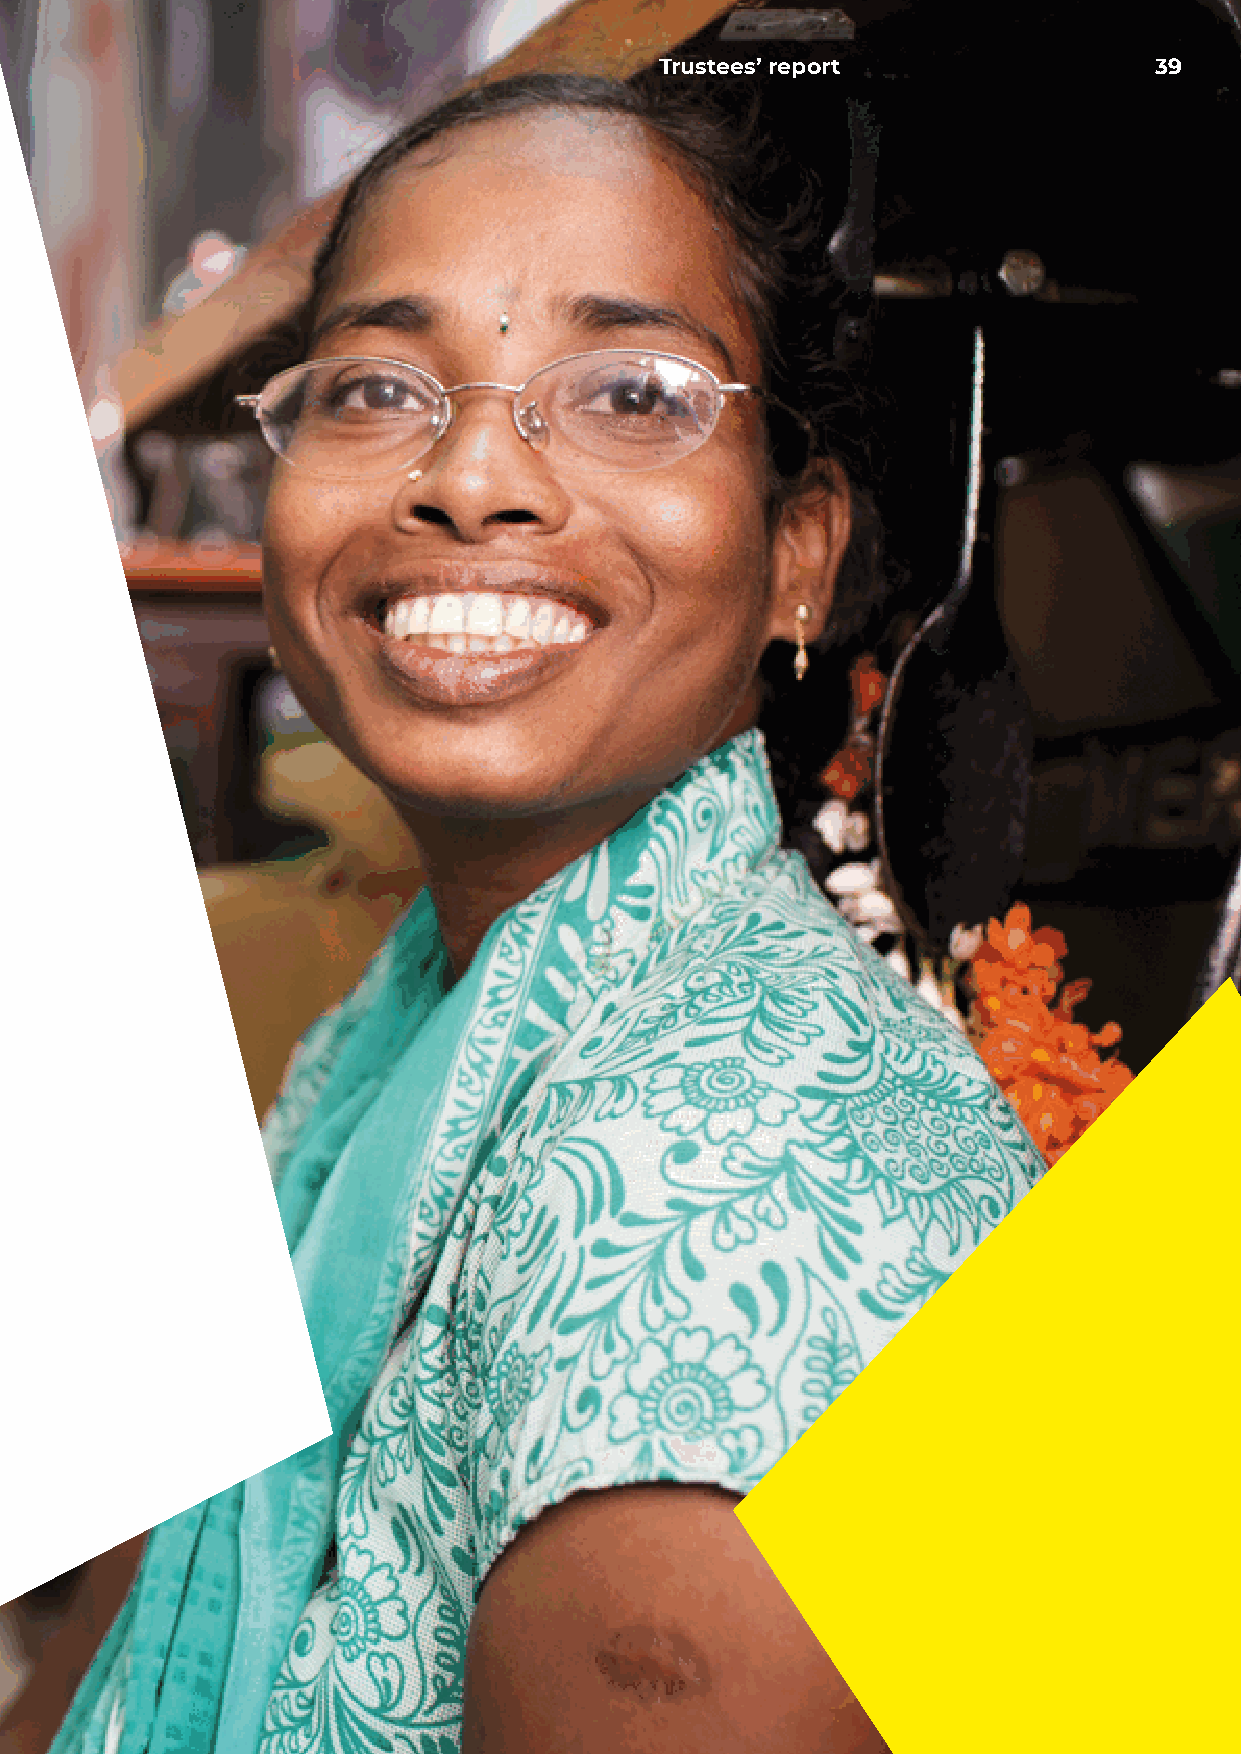
Trustees’ report                39